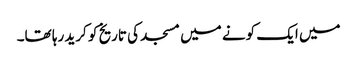
میں ایک کونے میں مسجد کی تاریخ کو کرید رہا تھا۔